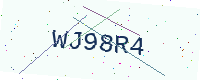
Text: WJ98R4